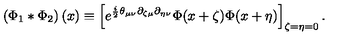
\left( \Phi _ { 1 } * \Phi _ { 2 } \right) ( x ) \equiv \left[ e ^ { \frac { i } { 2 } \theta _ { \mu \nu } \partial _ { \zeta \mu } \partial _ { \eta \nu } } \Phi ( x + \zeta ) \Phi ( x + \eta ) \right] _ { \zeta = \eta = 0 } .